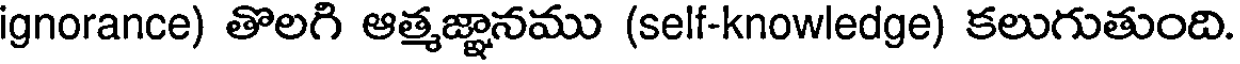
ignorance) తొలగి ఆత్మజ్ఞానము (self-knowledge) కలుగుతుంది